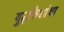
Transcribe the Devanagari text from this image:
युद्धकैद्यांचा